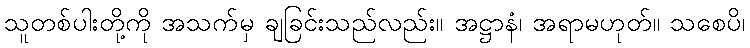
သူတစ်ပါးတို့ကို အသက်မှ ချခြင်းသည်လည်း။ အဋ္ဌာနံ၊ အရာမဟုတ်။ သစေပိ၊